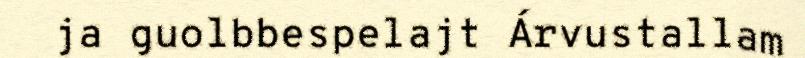
ja guolbbespelajt Árvustallam